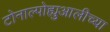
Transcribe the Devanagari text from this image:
टोनाल्पोह्युआलीच्या